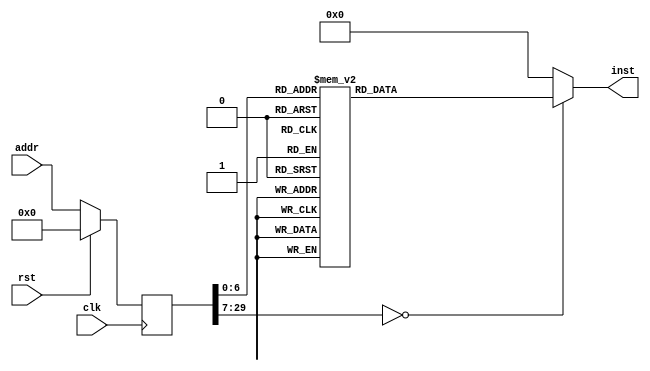
module fifo(input clk, input rst, input [29:0] addr, output reg [31:0] inst);
reg [29:0] addr_r;
always @(posedge clk)
begin
addr_r <= (rst) ? (30'b0) : (addr);
end
always @(*)
begin
case(addr_r)
30'h00000000: inst = 32'h3c1d0100;
30'h00000001: inst = 32'h0ffffc79;
30'h00000002: inst = 32'h37bd3000;
30'h00000003: inst = 32'h27bdffe8;
30'h00000004: inst = 32'h3c028000;
30'h00000005: inst = 32'hafa40010;
30'h00000006: inst = 32'h34420000;
30'h00000007: inst = 32'hafa00014;
30'h00000008: inst = 32'h8c420000;
30'h00000009: inst = 32'h00000000;
30'h0000000a: inst = 32'h30420001;
30'h0000000b: inst = 32'h1040000b;
30'h0000000c: inst = 32'h00000000;
30'h0000000d: inst = 32'h8fa20014;
30'h0000000e: inst = 32'h00000000;
30'h0000000f: inst = 32'h8fa30010;
30'h00000010: inst = 32'h00000000;
30'h00000011: inst = 32'h00621021;
30'h00000012: inst = 32'h80420000;
30'h00000013: inst = 32'h00000000;
30'h00000014: inst = 32'h3c038000;
30'h00000015: inst = 32'h34630008;
30'h00000016: inst = 32'hac620000;
30'h00000017: inst = 32'h8fa20014;
30'h00000018: inst = 32'h00000000;
30'h00000019: inst = 32'h8fa30010;
30'h0000001a: inst = 32'h00000000;
30'h0000001b: inst = 32'h00621021;
30'h0000001c: inst = 32'h3c031fff;
30'h0000001d: inst = 32'h90420000;
30'h0000001e: inst = 32'h00000000;
30'h0000001f: inst = 32'h34640015;
30'h00000020: inst = 32'h34630000;
30'h00000021: inst = 32'h8c840000;
30'h00000022: inst = 32'h00000000;
30'h00000023: inst = 32'h00831821;
30'h00000024: inst = 32'ha0620000;
30'h00000025: inst = 32'h90620000;
30'h00000026: inst = 32'h00000000;
30'h00000027: inst = 32'h14400004;
30'h00000028: inst = 32'h00000000;
30'h00000029: inst = 32'h24020000;
30'h0000002a: inst = 32'h0bfffc36;
30'h0000002b: inst = 32'h00000000;
30'h0000002c: inst = 32'h3c021fff;
30'h0000002d: inst = 32'h34430015;
30'h0000002e: inst = 32'h34420016;
30'h0000002f: inst = 32'h8c630000;
30'h00000030: inst = 32'h00000000;
30'h00000031: inst = 32'h8c420000;
30'h00000032: inst = 32'h00000000;
30'h00000033: inst = 32'h2442ffff;
30'h00000034: inst = 32'h00621026;
30'h00000035: inst = 32'h0002102b;
30'h00000036: inst = 32'h30420001;
30'h00000037: inst = 32'h10400016;
30'h00000038: inst = 32'h00000000;
30'h00000039: inst = 32'h3c021fff;
30'h0000003a: inst = 32'h34420015;
30'h0000003b: inst = 32'h3c03cccc;
30'h0000003c: inst = 32'h8c440000;
30'h0000003d: inst = 32'h00000000;
30'h0000003e: inst = 32'h24840001;
30'h0000003f: inst = 32'h3463cccd;
30'h00000040: inst = 32'h00830019;
30'h00000041: inst = 32'h00001810;
30'h00000042: inst = 32'h00031902;
30'h00000043: inst = 32'h24050014;
30'h00000044: inst = 32'h00650018;
30'h00000045: inst = 32'h00001812;
30'h00000046: inst = 32'h00831823;
30'h00000047: inst = 32'hac430000;
30'h00000048: inst = 32'h8fa20014;
30'h00000049: inst = 32'h00000000;
30'h0000004a: inst = 32'h24420001;
30'h0000004b: inst = 32'hafa20014;
30'h0000004c: inst = 32'h0bfffc17;
30'h0000004d: inst = 32'h00000000;
30'h0000004e: inst = 32'h27bd0018;
30'h0000004f: inst = 32'h03e00008;
30'h00000050: inst = 32'h00000000;
30'h00000051: inst = 32'h27bdffe8;
30'h00000052: inst = 32'h3c021fff;
30'h00000053: inst = 32'h34430015;
30'h00000054: inst = 32'h8c630000;
30'h00000055: inst = 32'h00000000;
30'h00000056: inst = 32'h34420016;
30'h00000057: inst = 32'h8c420000;
30'h00000058: inst = 32'h00000000;
30'h00000059: inst = 32'h1062001c;
30'h0000005a: inst = 32'h00000000;
30'h0000005b: inst = 32'h3c021fff;
30'h0000005c: inst = 32'h34430016;
30'h0000005d: inst = 32'h34420000;
30'h0000005e: inst = 32'h8c640000;
30'h0000005f: inst = 32'h00000000;
30'h00000060: inst = 32'h00821021;
30'h00000061: inst = 32'h90420000;
30'h00000062: inst = 32'h00000000;
30'h00000063: inst = 32'ha3a20010;
30'h00000064: inst = 32'h3c028000;
30'h00000065: inst = 32'h83a40010;
30'h00000066: inst = 32'h00000000;
30'h00000067: inst = 32'h34420008;
30'h00000068: inst = 32'hac440000;
30'h00000069: inst = 32'h3c02cccc;
30'h0000006a: inst = 32'h8c640000;
30'h0000006b: inst = 32'h00000000;
30'h0000006c: inst = 32'h24840001;
30'h0000006d: inst = 32'h3442cccd;
30'h0000006e: inst = 32'h00820019;
30'h0000006f: inst = 32'h00001010;
30'h00000070: inst = 32'h00021102;
30'h00000071: inst = 32'h24050014;
30'h00000072: inst = 32'h00450018;
30'h00000073: inst = 32'h00001012;
30'h00000074: inst = 32'h00821023;
30'h00000075: inst = 32'hac620000;
30'h00000076: inst = 32'h27bd0018;
30'h00000077: inst = 32'h03e00008;
30'h00000078: inst = 32'h00000000;
30'h00000079: inst = 32'h27bdffe8;
30'h0000007a: inst = 32'hafa00010;
30'h0000007b: inst = 32'h24020000;
30'h0000007c: inst = 32'h27bd0018;
30'h0000007d: inst = 32'h03e00008;
30'h0000007e: inst = 32'h00000000;
default:      inst = 32'h00000000;
endcase
end
endmodule